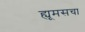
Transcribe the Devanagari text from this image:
ह्यूमसचा